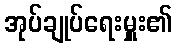
အုပ်ချုပ်ရေးမှူး၏